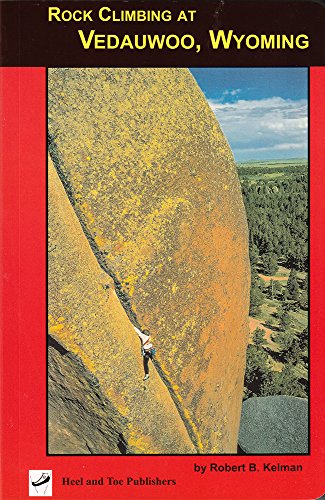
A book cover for Rock Climbing at Vedauwoo, Wyoming: Climbs of the Eastern Medicine Bow National Forest; Rob Kelman; Sports & Outdoors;